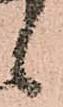
候